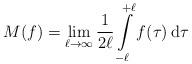
LaTeX: \begin{align*}M(f)=\lim_{\ell\to\infty}\frac1{2\ell}\int\limits_{-\ell}^{+\ell}f(\tau)\, {\rm d}\tau\end{align*}